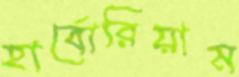
হার্বোরিয়াম